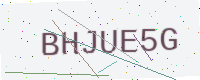
Text: BHJUE5G